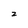
Character: z